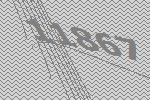
11867